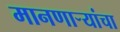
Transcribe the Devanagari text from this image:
मानणार्‍यांचा